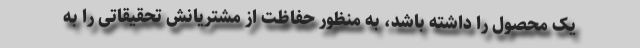
یک محصول را داشته باشد، به منظور حفاظت از مشتریانش تحقیقاتی را به